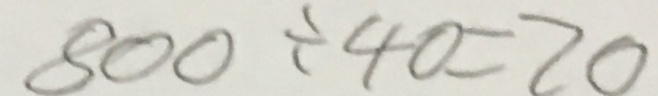
8 0 0 \div 4 0 = 2 0